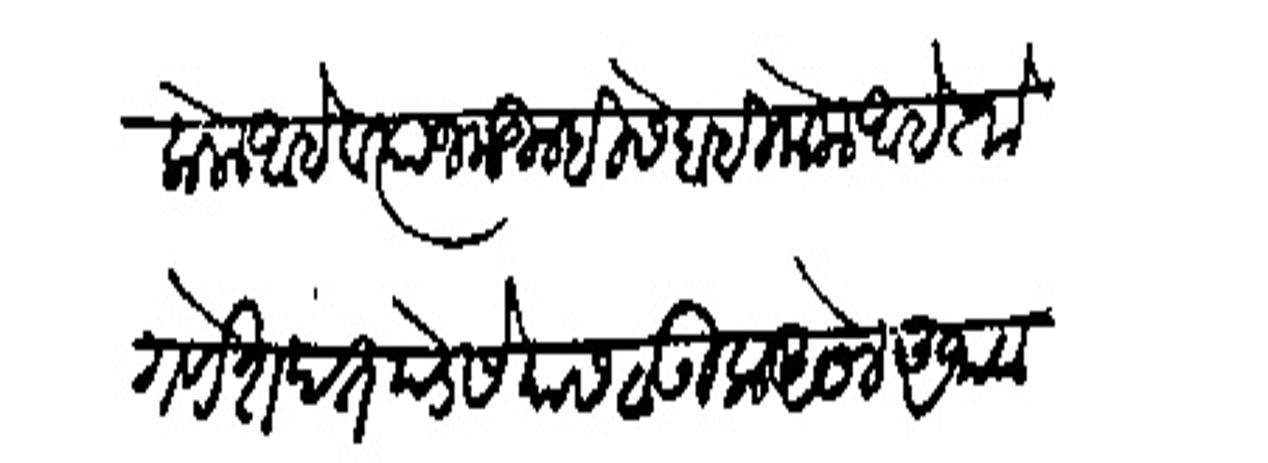
Transliteration (Devanagari): केला आहे व त्याजकडील हिसेबहि केला आहे तो गणेक्षपंत पेडसे यास ठाऊक असेल अथवा